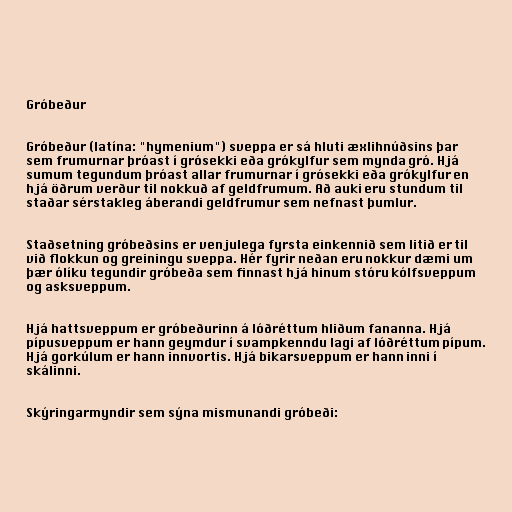
Gróbeður

Gróbeður (latína: "hymenium") sveppa er sá hluti æxlihnúðsins þar
sem frumurnar þróast í grósekki eða grókylfur sem mynda gró. Hjá
sumum tegundum þróast allar frumurnar í grósekki eða grókylfur en
hjá öðrum verður til nokkuð af geldfrumum. Að auki eru stundum til
staðar sérstakleg áberandi geldfrumur sem nefnast þumlur.

Staðsetning gróbeðsins er venjulega fyrsta einkennið sem litið er til
við flokkun og greiningu sveppa. Hér fyrir neðan eru nokkur dæmi um
þær ólíku tegundir gróbeða sem finnast hjá hinum stóru kólfsveppum
og asksveppum.

Hjá hattsveppum er gróbeðurinn á lóðréttum hliðum fananna. Hjá
pípusveppum er hann geymdur í svampkenndu lagi af lóðréttum pípum.
Hjá gorkúlum er hann innvortis. Hjá bikarsveppum er hann inni í
skálinni.

Skýringarmyndir sem sýna mismunandi gróbeði: